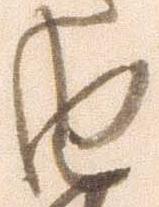
由